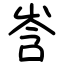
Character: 㟔